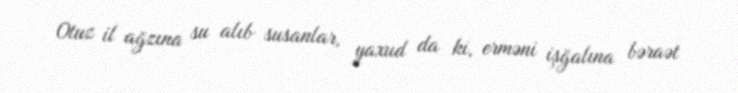
Otuz il ağzına su alıb susanlar, yaxud da ki, erməni işğalına bəraət